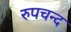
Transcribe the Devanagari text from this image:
रुपचन्द